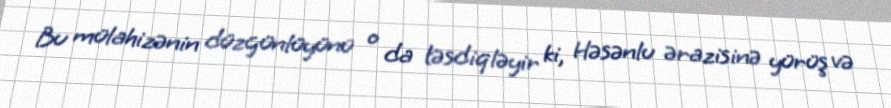
Bu mülahizənin düzgünlüyünü o da təsdiqləyir ki, Həsənlu ərazisinə yürüş və